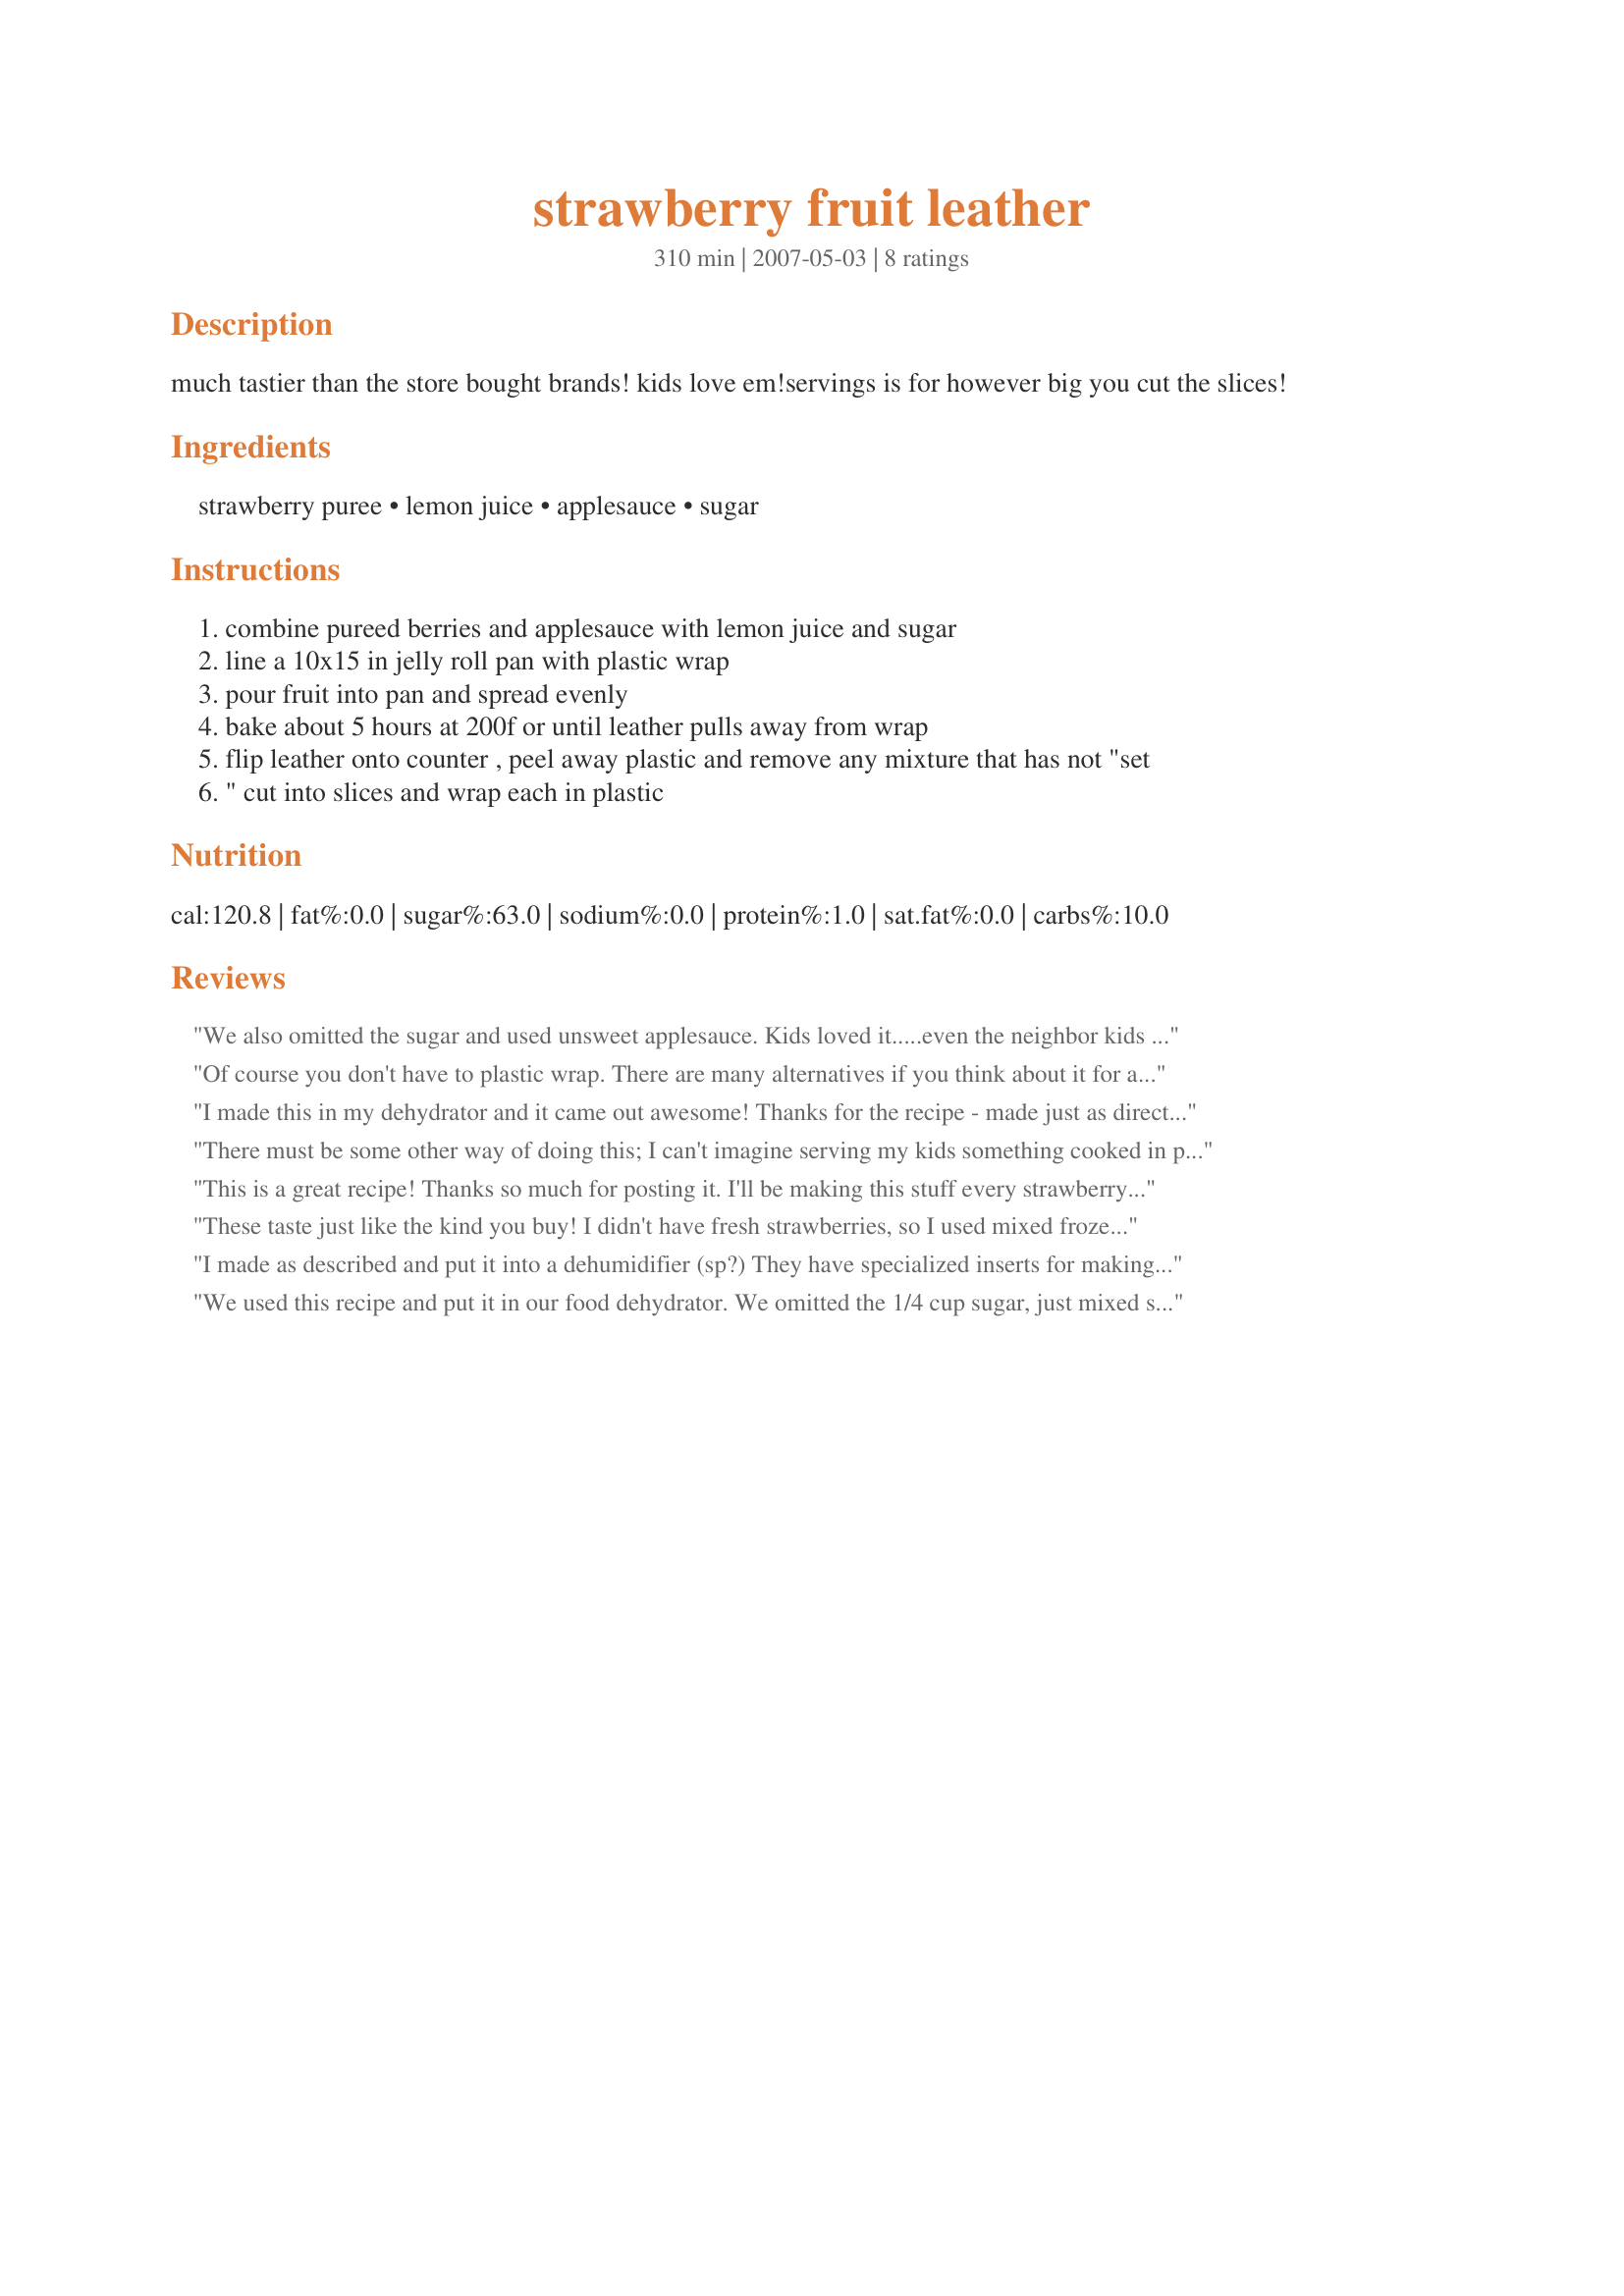
strawberry fruit leather
Preparation time: 310 minutes

much tastier than the store bought brands! kids love em!servings is for however big you cut the slices!

Ingredients:
strawberry puree, lemon juice, applesauce, sugar

Steps:
combine pureed berries and applesauce with lemon juice and sugar
line a 10x15 in jelly roll pan with plastic wrap
pour fruit into pan and spread evenly
bake about 5 hours at 200f or until leather pulls away from wrap
flip leather onto counter , peel away plastic and remove any mixture that has not "set
" cut into slices and wrap each in plastic

Reviews:
We also omitted the sugar and used unsweet applesauce. Kids loved it.....even the neighbor kids who normally eat junk :)
Of course you don't have to plastic wrap. There are many alternatives if you think about it for a minute. Use a silpat mat, or non-stick bake-ware or non-stick spray (i.e., Canola oil with lethicin. Note: lethicin is what makes these cooking sprays more effective than oil alone). My recommendation is to use a non-stick jelly roll pan sprayed with cooking spray. Wipe cooking spray to distribute and leave just a thin coating. You could also try parchment paper or waxed paper, but I'm not sure about how well that will work--probably better with leathers that aren't too wet as a puree.
I made this in my dehydrator and it came out awesome! Thanks for the recipe - made just as directed. I am making my second batch now!
There must be some other way of doing this; I can't imagine serving my kids something cooked in plastic.
This is a great recipe! Thanks so much for posting it. I'll be making this stuff every strawberry season. I did do something stupid though I'd like to warn about. I thought perhaps wax paper could sub for the plastic wrap and let's just say that doesn't work so well lol Took me an hour to seperate the leather from the paper little bit by bit.
These taste just like the kind you buy! I didn't have fresh strawberries, so I used mixed frozen fruit. I'll probably try using baby food sometime too. The edges got a little overcooked on mine so they tasted a little off, but we just cut them off and were good to go! Thanks for the recipe, we'll be making this again!
I made as described and put it into a dehumidifier (sp?) They have specialized inserts for making fruit leather and it was better than tying up my oven for 5 hours...lol! 
FYI I did try both the oven and dehumidifier and the dehumidifier worked better.
We used this recipe and put it in our food dehydrator. We omitted the 1/4 cup sugar, just mixed strawberry puree, lemon juice and applesauce (also unsweetened) and this came out perfect! So for anyone who wonders if you can make this without added sugar you can :)
Thanks for posting this!
